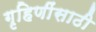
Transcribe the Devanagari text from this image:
गृहिणींसाठी